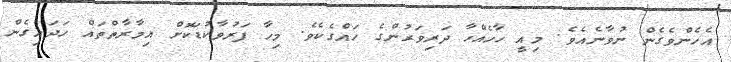
އެހެންވެގެން ނުވާނެއެވެ. މިއީ ހާހެއްހާ ދަރިވަރުންގެ ހައްގެކެވެ. މިހާ ފަރުވާކުޑަކޮށް އިމާރާތްތައް ހަދައިގެން